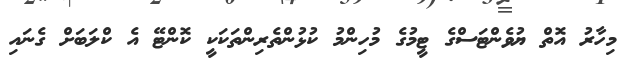
މިހާރު އޮތް ޔުވެންޓަސްގެ ޓީމުގެ މުހިންމު ކުޅުންތެރިންތަކަކީ ކޮންޓޭ އެ ކްލަބަށް ގެނައި